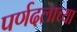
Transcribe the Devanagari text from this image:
पर्णदलाच्या